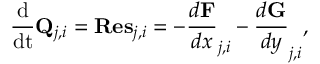
\frac { \mathrm { d } } { \mathrm { d t } } { \mathbf { Q } } _ { j , i } = \mathbf { R e s } _ { j , i } = - \frac { d \mathbf F } { d x } _ { j , i } - \frac { d \mathbf G } { d y } _ { j , i } ,